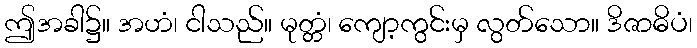
ဤအခါ၌။ အဟံ၊ ငါသည်။ မုတ္တံ၊ ကျော့ကွင်းမှ လွတ်သော။ ဒိဇာဓိပံ၊